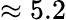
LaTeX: \approx 5.2